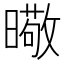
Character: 曔